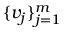
\{ v _ { j } \} _ { j = 1 } ^ { m }